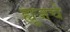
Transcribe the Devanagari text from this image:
ह्यूजचे